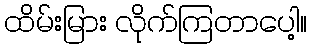
ထိမ်းမြား လိုက်ကြတာပေါ့။